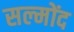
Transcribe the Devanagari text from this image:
सल्मोंद